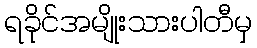
ရခိုင်အမျိုးသားပါတီမှ